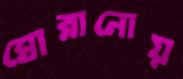
ঘোরানোয়